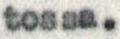
tossa.